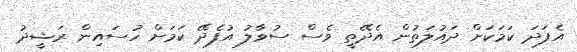
އެފަދަ ކަމަކަށް ދައުލަތުން އެދޭތީ ވެސް ސުވާލު އުފެދޭ ކަމަށް ހުސައިން ރަޝީދު